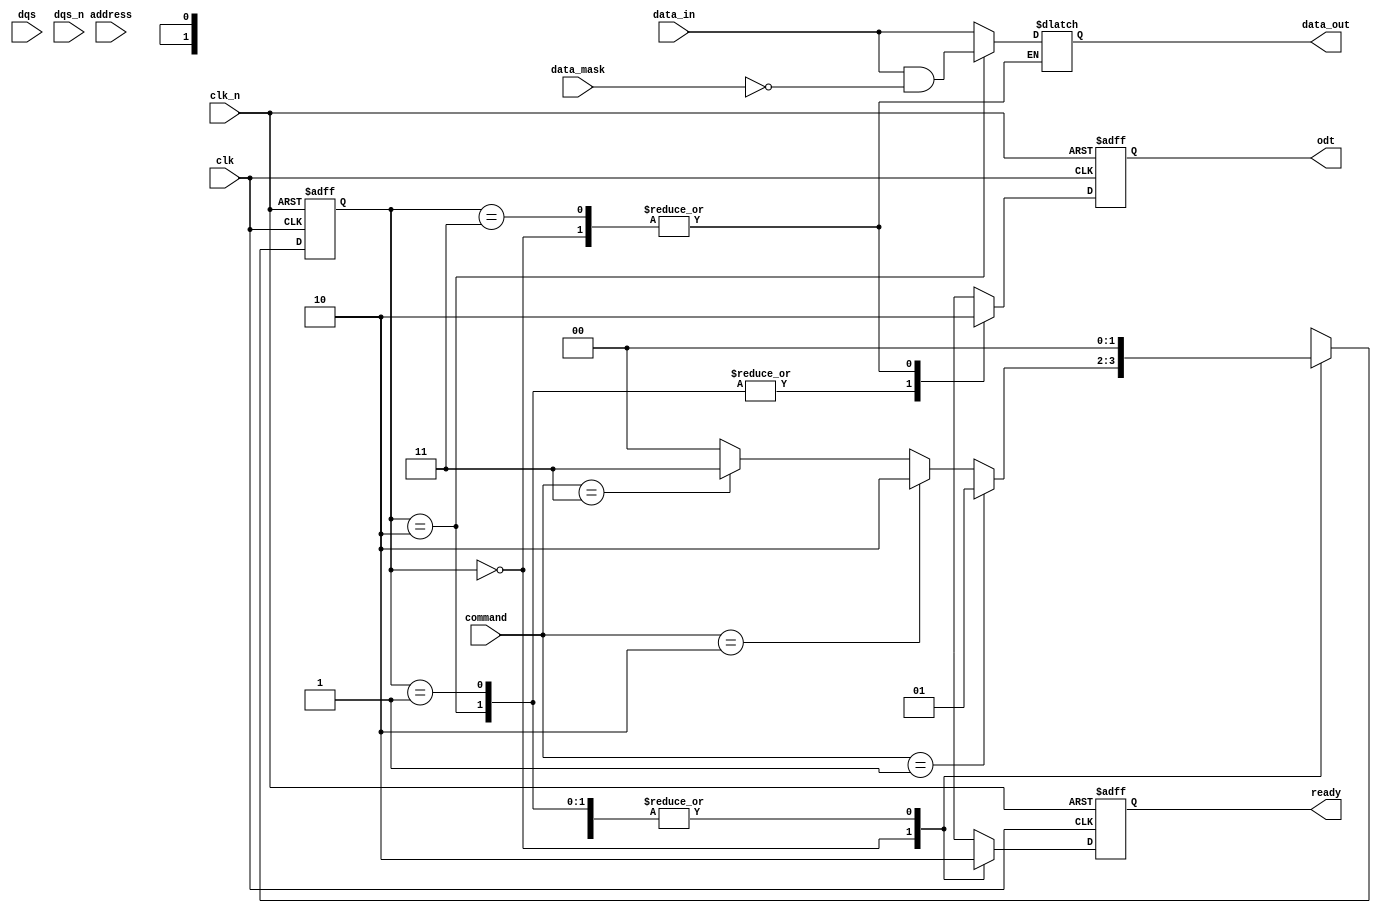
module ddr4_io_block (
    input wire        clk,         // System clock
    input wire        clk_n,       // Inverted system clock
    input wire [63:0] data_in,     // Data input lines
    input wire [63:0] data_mask,   // Data mask lines
    input wire        dqs,         // Data strobe signal
    input wire        dqs_n,       // Inverted data strobe signal
    input wire [15:0] command,      // Command inputs
    input wire [27:0] address,      // Address inputs
    output reg [63:0] data_out,    // Data output lines
    output reg        odt,          // On-die termination control
    output reg        ready          // Ready signal
);

    // Define states
    localparam IDLE      = 2'b00;
    localparam READ      = 2'b01;
    localparam WRITE     = 2'b10;
    localparam REFRESH   = 2'b11;

    reg [1:0] state, next_state;
    
    // State machine for DDR4 operation
    always @(posedge clk or negedge clk_n) begin
        if (!clk_n)
            state <= IDLE;
        else
            state <= next_state;
    end

    always @(*) begin
        case (state)
            IDLE: begin
                if (command == 16'h0001) // Example: READ command
                    next_state = READ;
                else if (command == 16'h0002) // Example: WRITE command
                    next_state = WRITE;
                else if (command == 16'h0003) // Example: REFRESH command
                    next_state = REFRESH;
                else
                    next_state = IDLE;
            end
            
            READ: begin
                // Implement read logic here
                data_out = data_in; // Placeholder for data read from memory
                next_state = IDLE; // Return to IDLE after read
            end
            
            WRITE: begin
                // Implement write logic here
                // Use data_mask to determine which bits to write
                data_out = data_in & ~data_mask; // Placeholder for masked write
                next_state = IDLE; // Return to IDLE after write
            end
            
            REFRESH: begin
                // Implement refresh logic here
                next_state = IDLE; // Return to IDLE after refresh
            end
            
            default: next_state = IDLE;
        endcase
    end

    // Power management and ODT control (example)
    always @(posedge clk or negedge clk_n) begin
        if (!clk_n) begin
            odt <= 1'b0; // Disable ODT on reset
            ready <= 1'b0; // Not ready on reset
        end
        else begin
            case (state)
                IDLE: begin
                    odt <= 1'b0; // Disable ODT in IDLE
                    ready <= 1'b1; // Ready to accept commands
                end
                READ, WRITE: begin
                    odt <= 1'b1; // Enable ODT during data transfer
                    ready <= 1'b0; // Not ready during data transfer
                end
                REFRESH: begin
                    odt <= 1'b0; // Disable ODT during refresh
                    ready <= 1'b0; // Not ready during refresh
                end
            endcase
        end
    end

    // Additional features such as ECC, BIST, and skew management can be added as needed.

endmodule